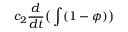
c _ { 2 } \frac { d } { d t } \big ( \int ( 1 - \phi ) \big )